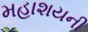
મહાશયની